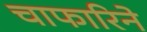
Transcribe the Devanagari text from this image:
चाफारिने